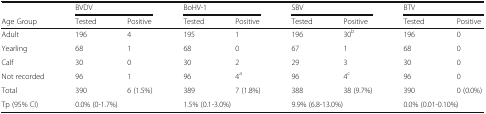
|  | <COLSPAN=2> BVDV | <COLSPAN=2> BoHV-1 | <COLSPAN=2> SBV | <COLSPAN=2> BTV |
 | Age Group | Tested | Positive | Tested | Positive | Tested | Positive | Tested | Positive |
 | --- | --- | --- | --- | --- | --- | --- | --- | --- |
 | Adult | 196 | 4 | 195 | 1 | 196 | 30b | 196 | 0 |
 | Yearling | 68 | 1 | 68 | 0 | 67 | 1 | 68 | 0 |
 | Calf | 30 | 0 | 30 | 2 | 29 | 3 | 30 | 0 |
 | Not recorded | 96 | 1 | 96 | 4a | 96 | 4c | 96 | 0 |
 | Total | 390 | 6 (1.5%) | 389 | 7 (1.8%) | 388 | 38 (9.7%) | 390 | 0 (0.0%) |
 | Tp (95% CI) | <COLSPAN=2> 0.0% (0-1.7%) | <COLSPAN=2> 1.5% (0.1-3.0%) | <COLSPAN=2> 9.9% (6.8-13.0%) | <COLSPAN=2> 0.0% (0.01-0.10%) |